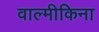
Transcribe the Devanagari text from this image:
वाल्मीकिना